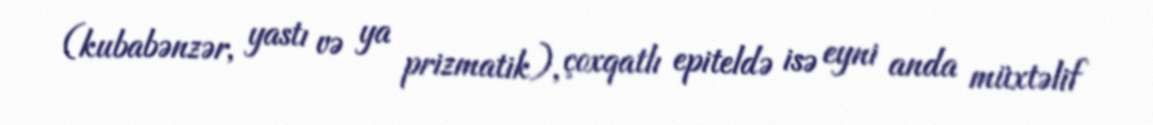
(kubabənzər, yastı və ya prizmatik), çoxqatlı epiteldə isə eyni anda müxtəlif